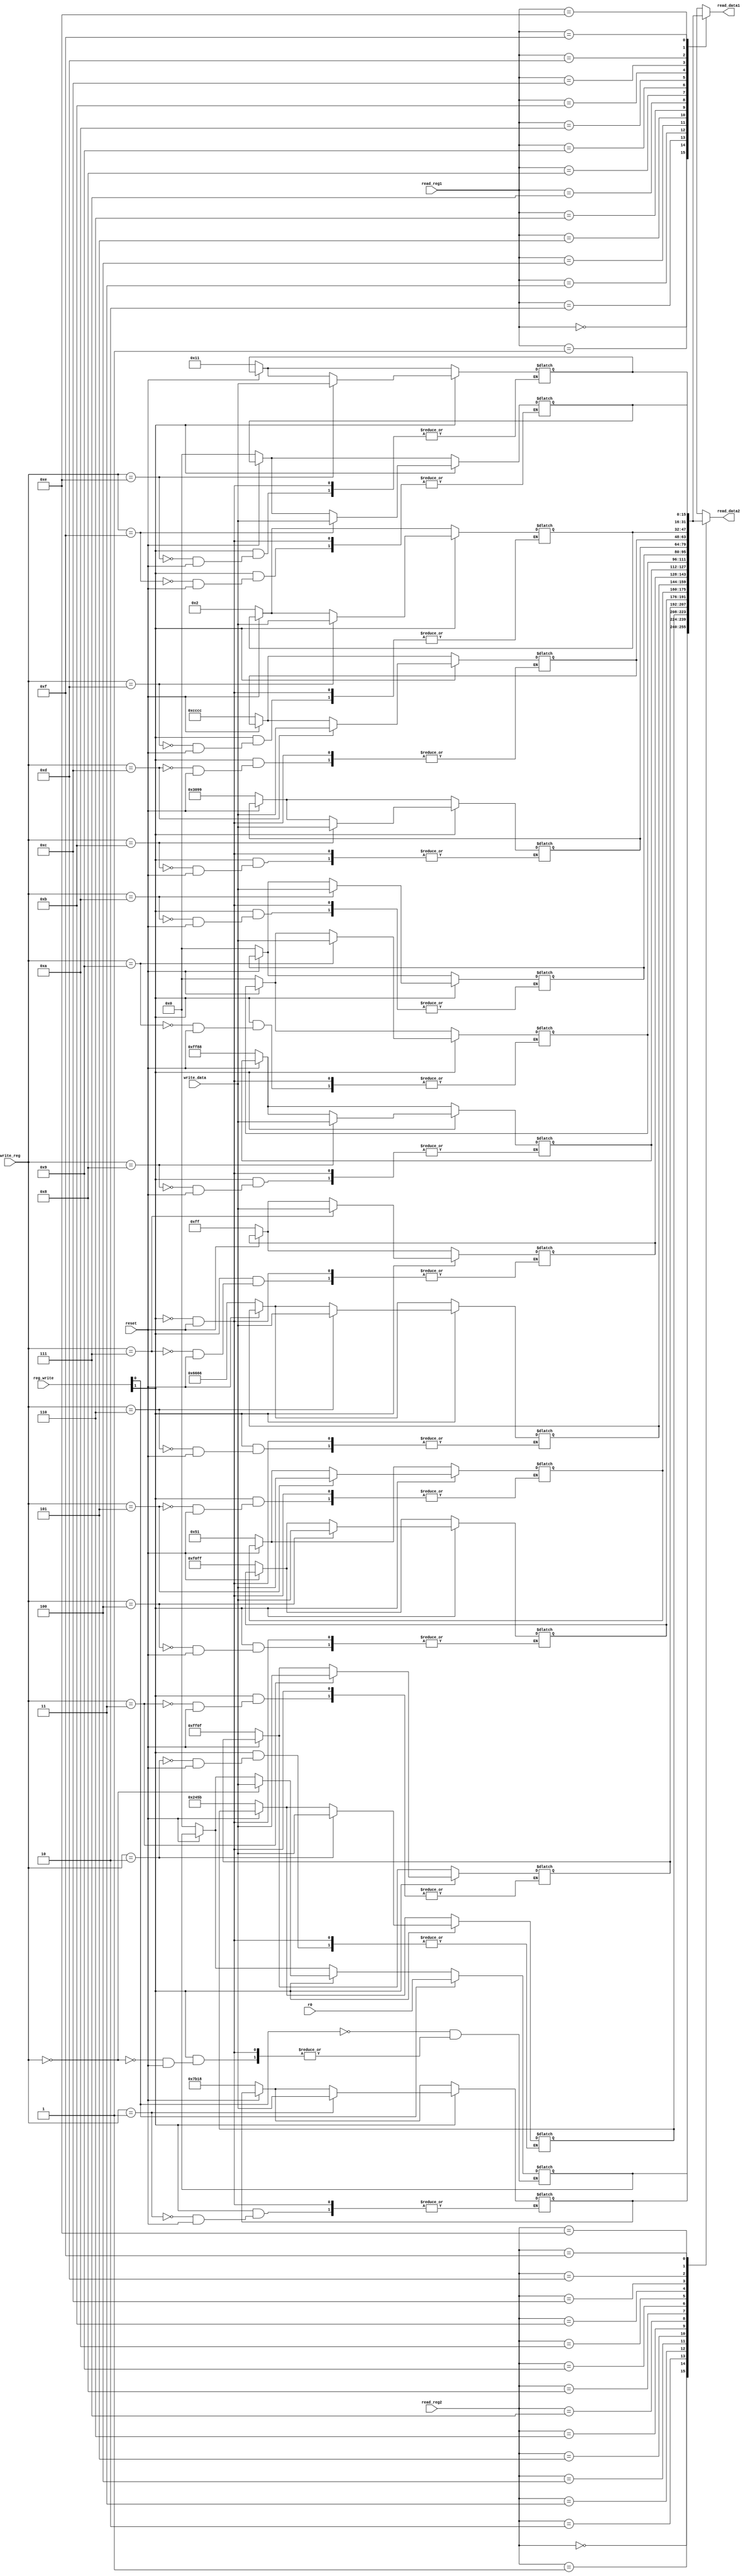
module registers(
	input [3:0] read_reg1, read_reg2,
	input [3:0] write_reg,
	input [15:0] write_data, r0,
	input [1:0] reg_write,	//reg write and r0 write
	input reset,
	
	output reg [15:0] read_data1, read_data2
	);
	
	reg [15:0] R [15:0];
	
	always@(*) begin
		if (!reset) begin
			R[4'h0] <= 16'h 0000;
			R[4'h1] <= 16'h 7B18;
			R[4'h2] <= 16'h 245B;
			R[4'h3] <= 16'h FF0F;
			R[4'h4] <= 16'h F0FF;
			R[4'h5] <= 16'h 0051;
			R[4'h6] <= 16'h 6666;
			R[4'h7] <= 16'h 00FF;
			R[4'h8] <= 16'h FF88;
			R[4'h9] <= 16'h 0000;
			R[4'hA] <= 16'h 0000;
			R[4'hB] <= 16'h 3099;
			R[4'hC] <= 16'h CCCC;
			R[4'hD] <= 16'h 0002;
			R[4'hE] <= 16'h 0011;
			R[4'hF] <= 16'h 0000;
		end
		
		if (reg_write[1] == 1'b1)
			R[write_reg] <= write_data;
		if (reg_write[0] == 1'b1)
			R[0] <= r0;
				
		read_data1 <= R[read_reg1];
		read_data2 <= R[read_reg2];

	end
endmodule